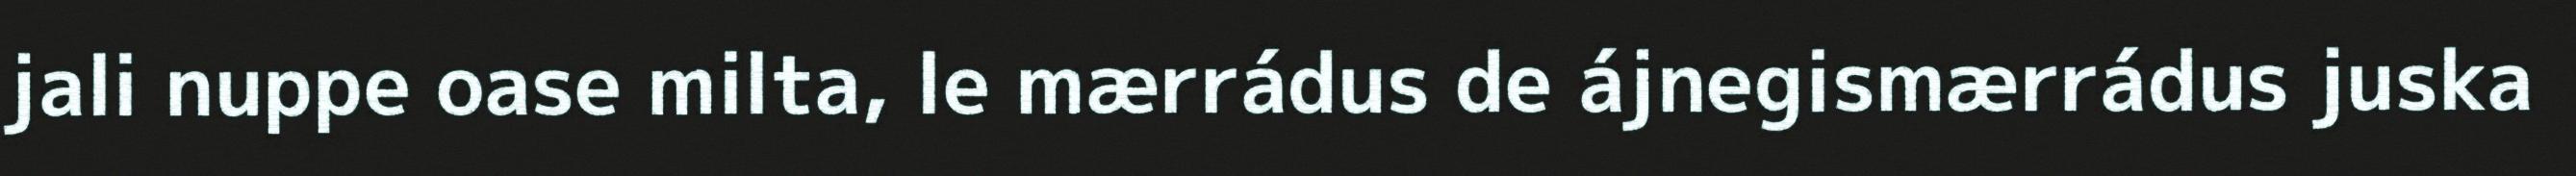
jali nuppe oase milta, le mærrádus de ájnegismærrádus juska